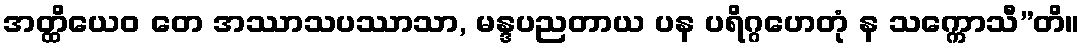
အတ္ထိယေဝ တေ အဿာသပဿာသာ, မန္ဒပညတာယ ပန ပရိဂ္ဂဟေတုံ န သက္ကောသီ”တိ။